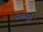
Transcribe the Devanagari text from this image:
अष्टश्रृंग